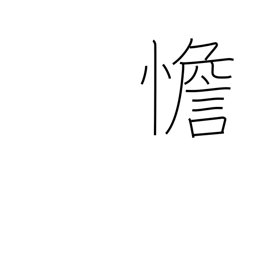
Meaning: calm